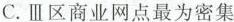
C.Ⅲ区商业网点最为密集